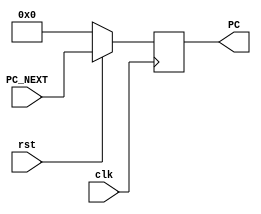
module PC_counter(PC_NEXT,PC,rst,clk);

input [31:0] PC_NEXT;
input clk,rst;

output reg [31:0] PC;    //as PC is the output of register so we have to declare it, if we notdeclare it will consider wire as default

always @(posedge clk)
begin
  
  if(rst == 1'b0)
  begin
  PC <= 32'h00000000;
  end
  else 
  begin
  PC <= PC_NEXT;
  end
end

endmodule